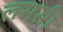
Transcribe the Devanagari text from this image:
लससी